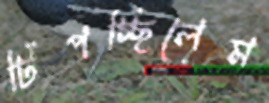
টিপচ্ছিলেম